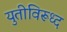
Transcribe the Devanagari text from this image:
युतीविरूध्द